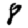
Digit: 8